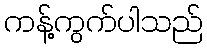
ကန့်ကွက်ပါသည်